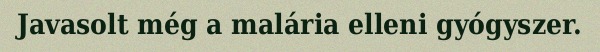
Javasolt még a malária elleni gyógyszer.